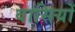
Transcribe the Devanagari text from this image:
वासियोँ